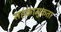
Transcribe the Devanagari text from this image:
सहकामुकता